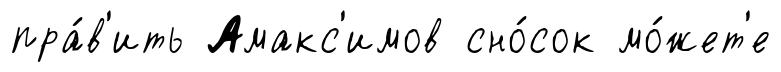
пра́в'ить Амакс'имов сно́сок мо́жет'е